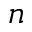
n